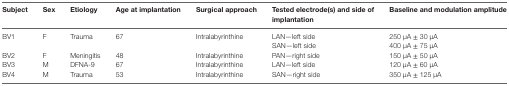
<table><thead><tr><td><b>Subject</b></td><td><b>Sex</b></td><td><b>Etiology</b></td><td><b>Age at implantation</b></td><td><b>Surgical approach</b></td><td><b>Tested electrode(s) and side of implantation</b></td><td><b>Baseline and modulation amplitude</b></td></tr></thead><tbody><tr><td rowspan="2">BV1</td><td rowspan="2">F</td><td rowspan="2">Trauma</td><td rowspan="2">67</td><td rowspan="2">Intralabyrinthine</td><td>LAN—left side</td><td>250 μA ± 30 μA</td></tr><tr><td>SAN—left side</td><td>400 μA ± 75 μA</td></tr><tr><td>BV2</td><td>F</td><td>Meningitis</td><td>48</td><td>Intralabyrinthine</td><td>PAN—right side</td><td>150 μA ± 50 μA</td></tr><tr><td>BV3</td><td>M</td><td>DFNA-9</td><td>67</td><td>Intralabyrinthine</td><td>LAN—left side</td><td>120 μA ± 60 μA</td></tr><tr><td>BV4</td><td>M</td><td>Trauma</td><td>53</td><td>Intralabyrinthine</td><td>SAN—right side</td><td>350 μA ± 125 μA</td></tr></tbody></table>